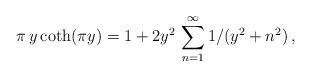
\begin{align*}\pi\,y\coth (\pi y) = 1 + 2y^2 \, \sum_{n=1}^{\infty} 1/(y^2 + n^2)\,,\end{align*}